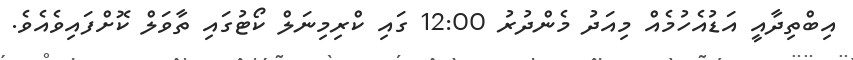
އިބްތިދާއީ އަޑުއެހުމެއް މިއަދު މެންދުރު 12:00 ގައި ކްރިމިނަލް ކޯޓުގައި ތާވަލް ކޮށްފައިވެއެވެ.